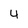
Character: 4